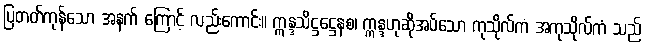
ပြတတ်ကုန်သော အနက် ကြောင့် လည်းကောင်း။ ဣန္ဒသိဋ္ဌဋ္ဌေနစ၊ ဣန္ဒဟုဆိုအပ်သော ကုသိုလ်ကံ အကုသိုလ်ကံ သည်